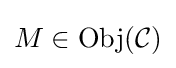
M\in \mathrm {Obj} ({\mathcal {C}})